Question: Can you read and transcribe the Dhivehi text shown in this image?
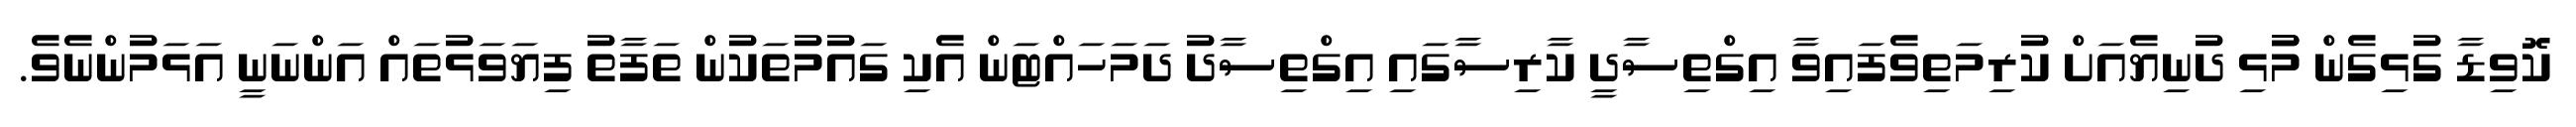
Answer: ކޮވިޑާ ގުޅިގެން މުުޅި ދުނިޔެއަށް ކުރިމަތިވެފައިވާ އިގްތިސާދީ ކާރިސާގައި އިގްތިސާދު ދަމަހައްޓަން އެކި ގައުމުތަކުން ތަފާތު ފިޔަވަޅުތައް އަންނަނީ އަޅަމުންނެވެ.